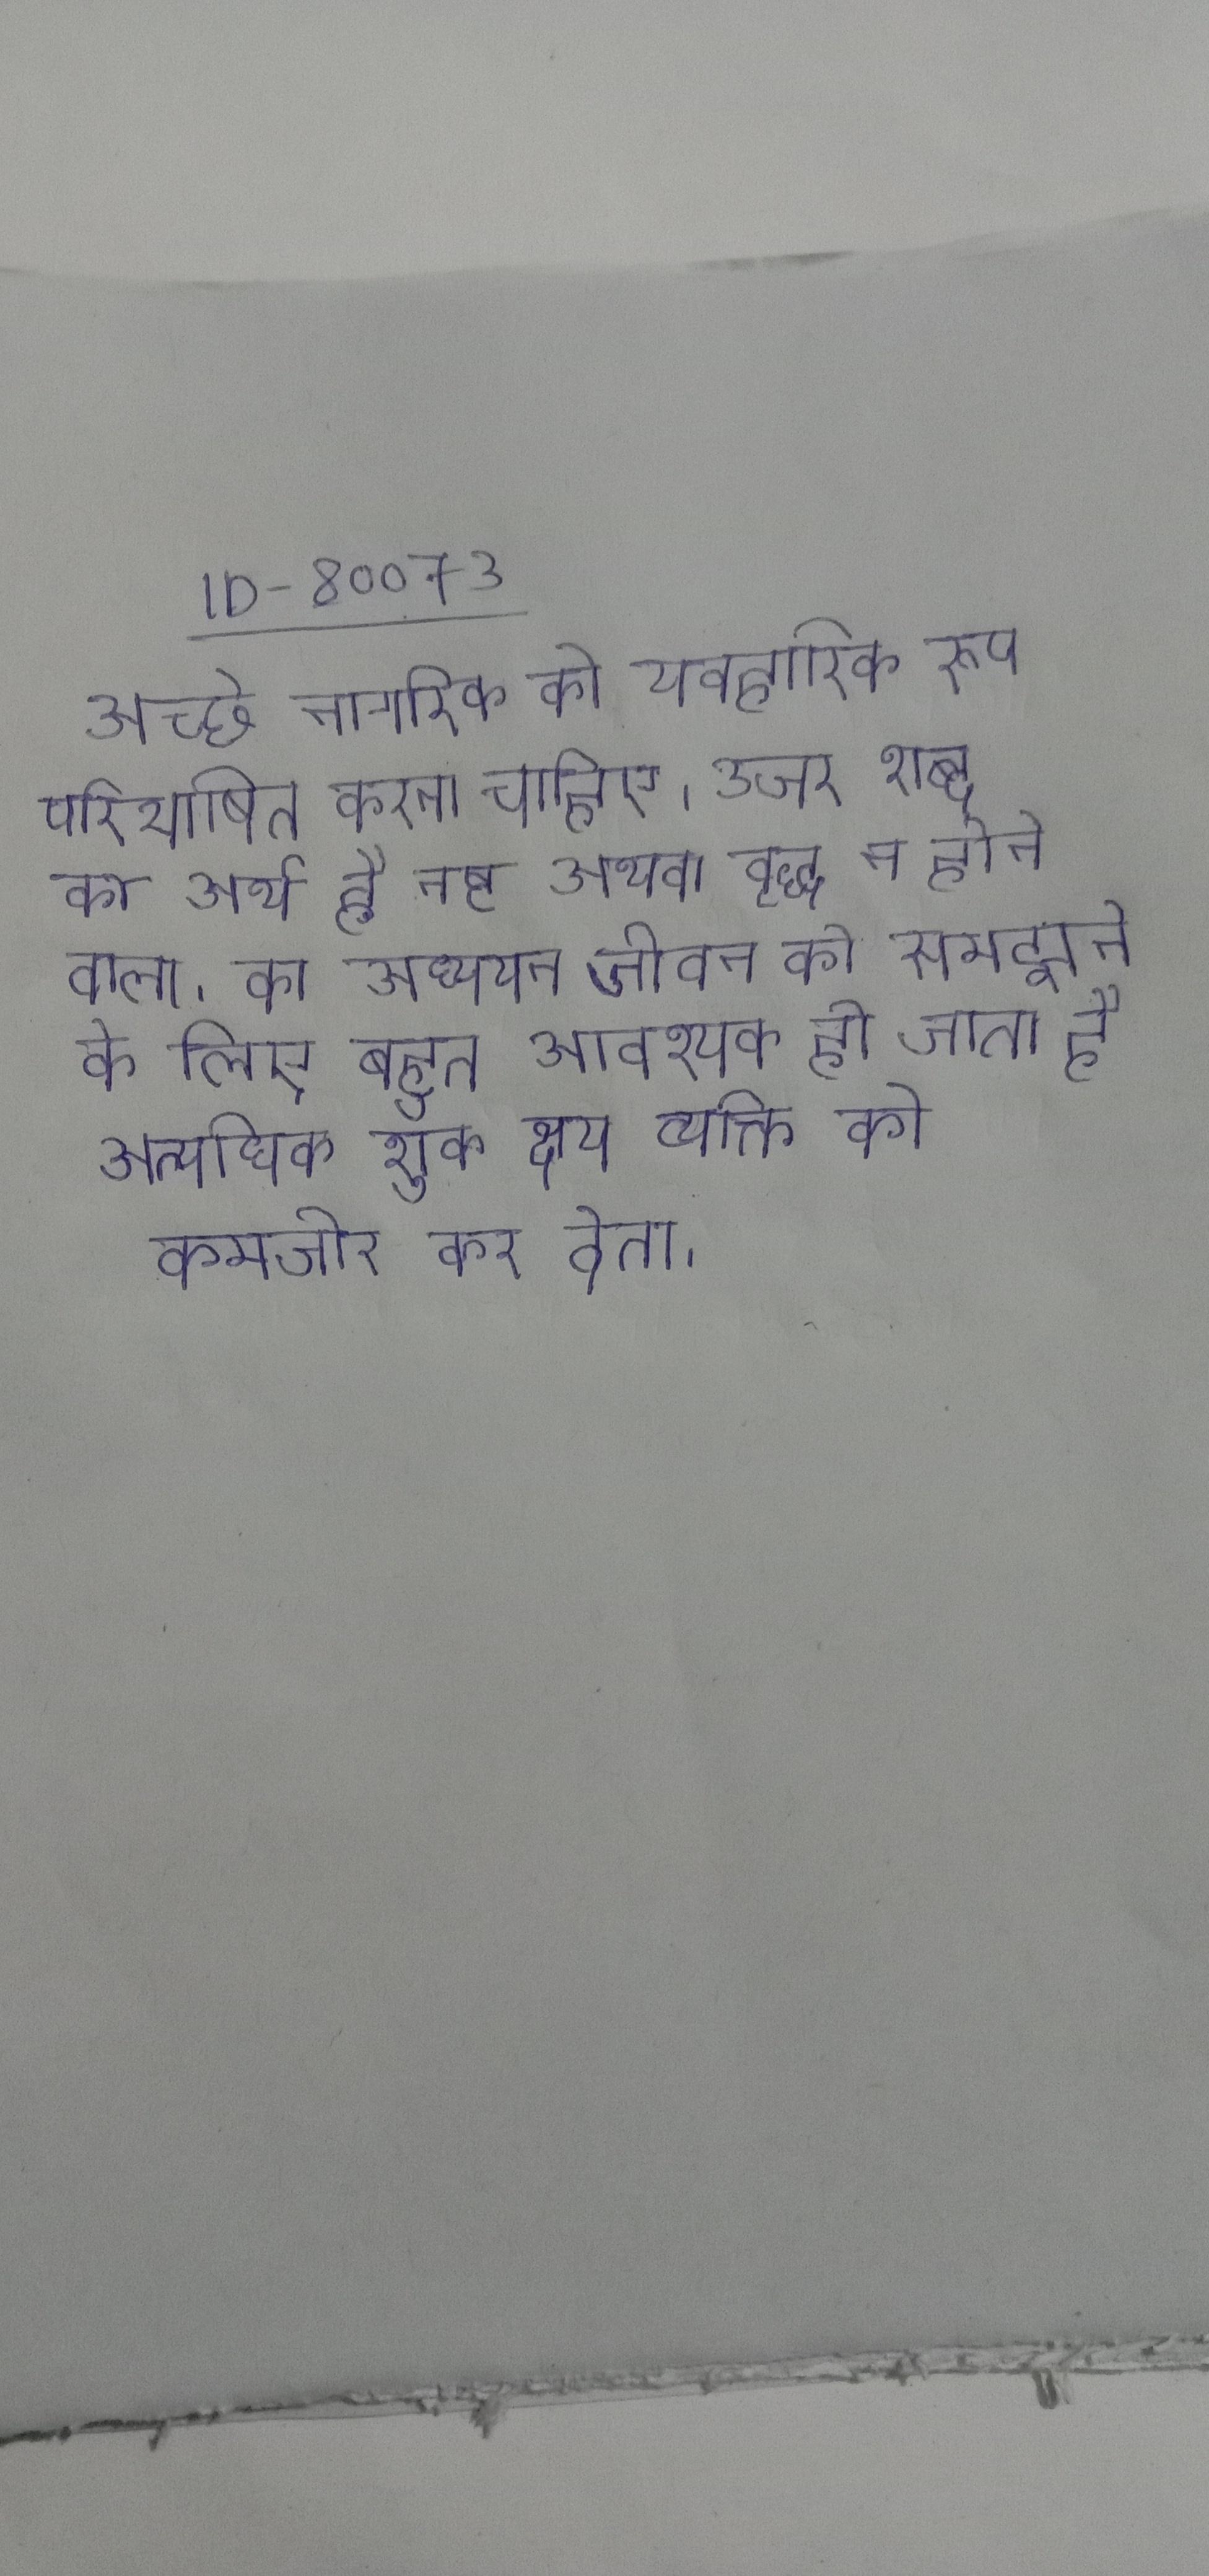
अच्छे नागरिक को व्यवहारिक रूप परिभाषित करना चाहिए । अजर शब्द का अर्थ है नष्ट अथवा वृद्ध न होने वाला । का अध्ययन जीवन को समझने के लिए बहुत आवश्यक हो जाता है । अत्यधिक शुक्र क्षय व्यक्ति को कमजोर कर देता ।